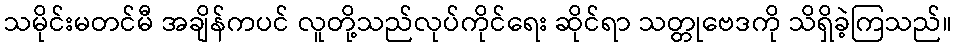
သမိုင်းမတင်မီ အချိန်ကပင် လူတို့သည်လုပ်ကိုင်ရေး ဆိုင်ရာ သတ္တုဗေဒကို သိရှိခဲ့ကြသည်။